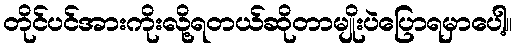
တိုင်ပင်အားကိုးလို့ရတယ်ဆိုတာမျိုးပဲပြောရမှာပေါ့။